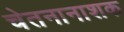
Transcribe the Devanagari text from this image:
चेतनानाशक